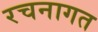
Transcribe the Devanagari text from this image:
रचनागत